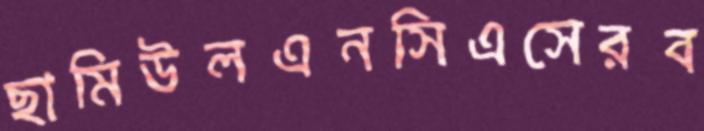
ছামিউলএনসিএসেরব